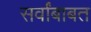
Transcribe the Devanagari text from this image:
सर्वांबाबत